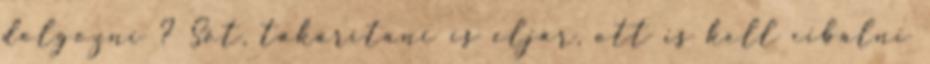
dolgozni ? Sőt, takarítani is eljár, ott is kell cibálni